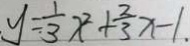
y = \frac { 1 } { 3 } x ^ { 2 } + \frac { 2 } { 3 } x - 1 .